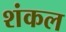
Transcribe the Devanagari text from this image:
शंकल